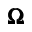
\pmb { \Omega }